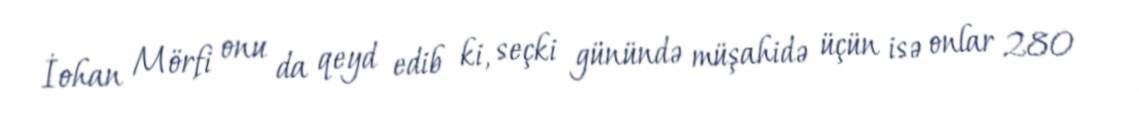
İohan Mörfi onu da qeyd edib ki, seçki günündə müşahidə üçün isə onlar 280